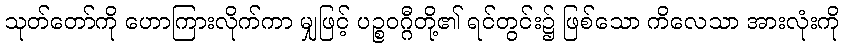
သုတ်တော်ကို ဟောကြားလိုက်ကာ မျှဖြင့် ပဉ္စဝဂ္ဂီတို့၏ ရင်တွင်း၌ ဖြစ်သော ကိလေသာ အားလုံးကို